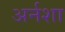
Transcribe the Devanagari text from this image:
अर्नशा